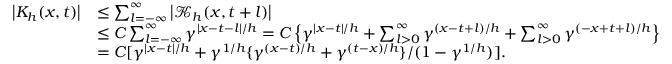
\begin{array} { r l } { \left| { K } _ { h } ( x , t ) \right| } & { \leq \sum _ { l = - \infty } ^ { \infty } \left| \mathcal { K } _ { h } ( x , t + l ) \right| } \\ & { \leq C \sum _ { l = - \infty } ^ { \infty } \gamma ^ { | x - t - l | / h } = C \left\{ \gamma ^ { | x - t | / h } + \sum _ { l > 0 } ^ { \infty } \gamma ^ { ( x - t + l ) / h } + \sum _ { l > 0 } ^ { \infty } \gamma ^ { ( - x + t + l ) / h } \right\} } \\ & { = C [ \gamma ^ { | x - t | / h } + \gamma ^ { 1 / h } \{ \gamma ^ { ( x - t ) / h } + \gamma ^ { ( t - x ) / h } \} / ( 1 - \gamma ^ { 1 / h } ) ] . } \end{array}